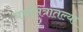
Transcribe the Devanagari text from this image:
चर्चासत्रातल्या